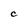
Character: C